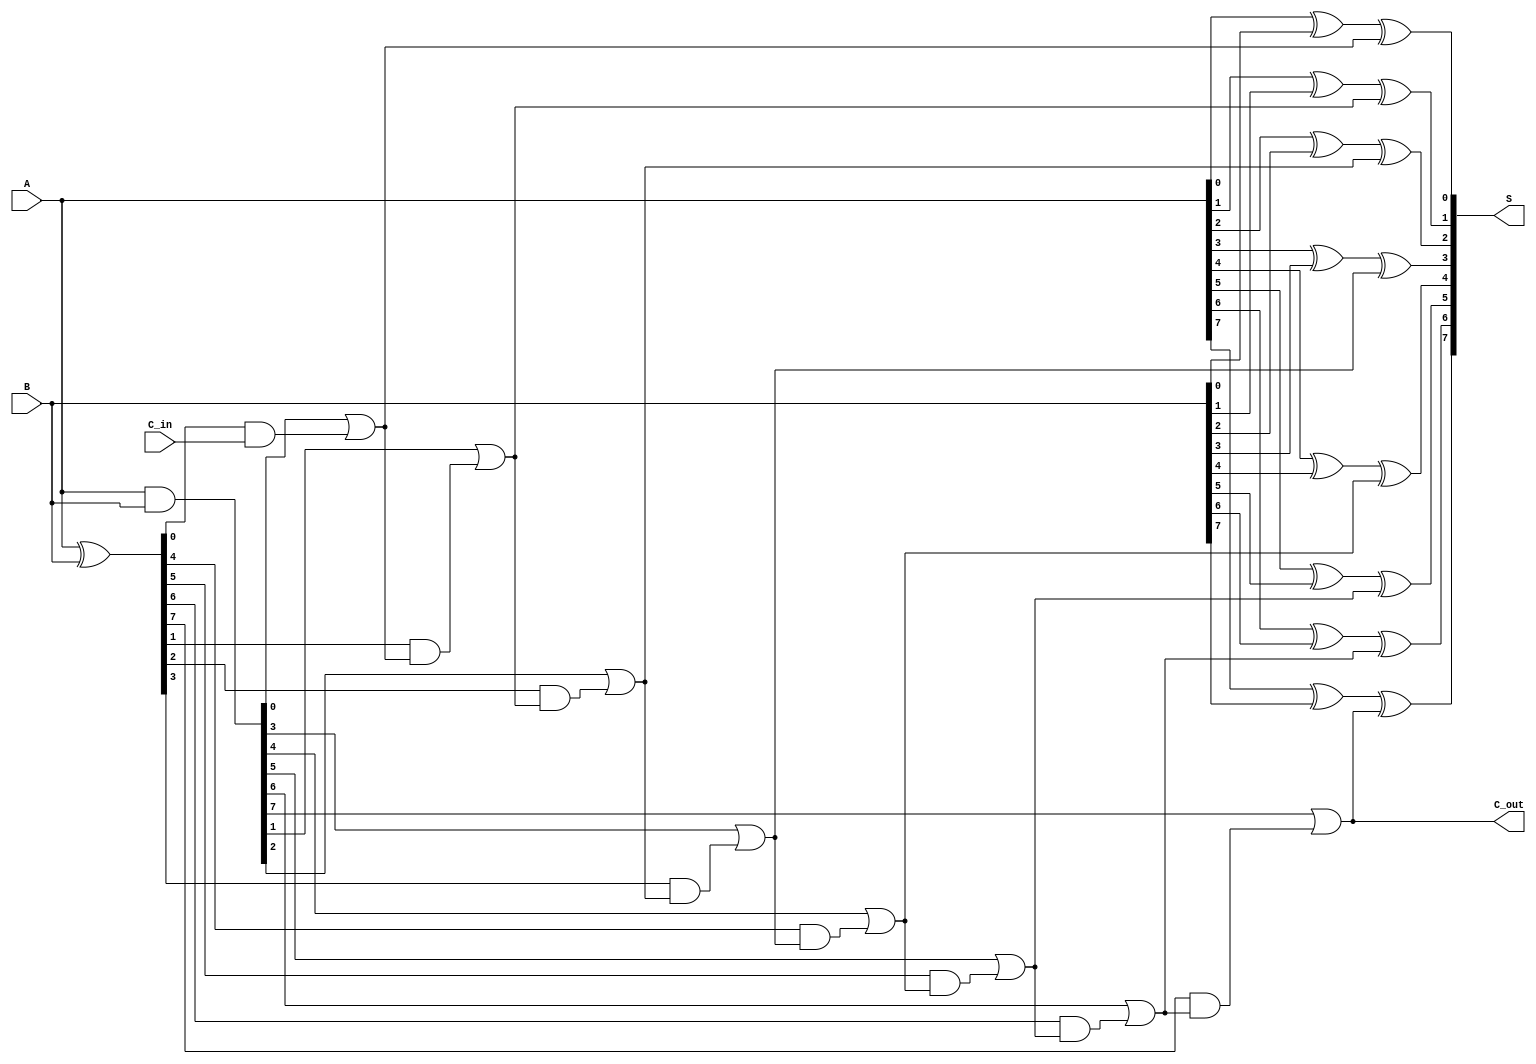
module CSPA #(parameter n = 8) (
    input  [n-1:0] A,       // First operand
    input  [n-1:0] B,       // Second operand
    input  C_in,            // Carry-in for the first segment
    output [n-1:0] S,       // Sum output
    output C_out            // Carry-out
);

    // Generate and Propagate signals
    wire [n-1:0] G; // Generate
    wire [n-1:0] P; // Propagate
    wire [n:0] C;    // Carry signals

    // Generate and Propagate calculations
    assign G = A & B;
    assign P = A ^ B;

    // Carry generation using a prefix tree
    genvar i;
    generate
        for (i = 0; i < n; i = i + 1) begin : carry_gen
            if (i == 0) begin
                assign C[i] = G[i] | (P[i] & C_in); // First carry
            end else begin
                assign C[i] = G[i] | (P[i] & C[i-1]); // Subsequent carries
            end
        end
    endgenerate

    // Sum calculation
    generate
        for (i = 0; i < n; i = i + 1) begin : sum_calc
            assign S[i] = A[i] ^ B[i] ^ C[i]; // Sum bits
        end
    endgenerate

    // Final carry-out
    assign C_out = C[n-1];

endmodule